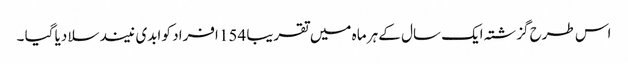
اس طرح گزشتہ ایک سال کے ہر ماہ میں تقریبا 154 افراد کو ابدی نیند سلا دیا گیا ۔